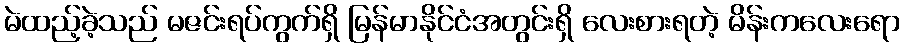
မဲထည့်ခဲ့သည် မဇင်းရပ်ကွက်ရှိ မြန်မာနိုင်ငံအတွင်းရှိ လေးစားရတဲ့ မိန်းကလေးရော